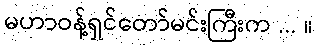
မဟာဝန့်ရှင်တော်မင်းကြီးက ... ။